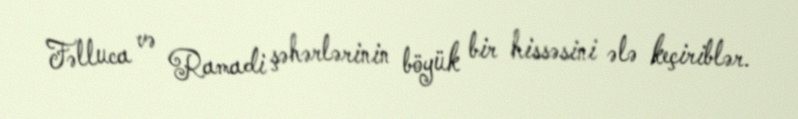
Fəlluca və Ramadi şəhərlərinin böyük bir hissəsini ələ keçiriblər.